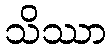
သိဿာ